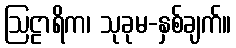
ဩဠာရိက၊ သုခုမ-နှစ်ချက်။